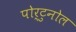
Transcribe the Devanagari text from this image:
पोर्टुनोल